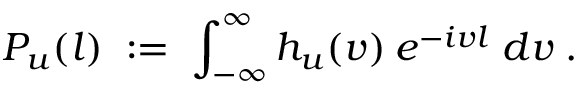
P _ { u } ( l ) \; : = \; \int _ { - \infty } ^ { \infty } h _ { u } ( v ) \: e ^ { - i v l } \; d v \; .